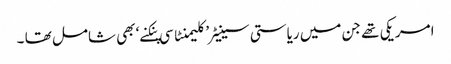
امریکی تھے جن میں ریاستی سینیٹر’ کلیمنٹا سی پنکنے‘ بھی شامل تھا ۔